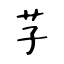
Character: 芓